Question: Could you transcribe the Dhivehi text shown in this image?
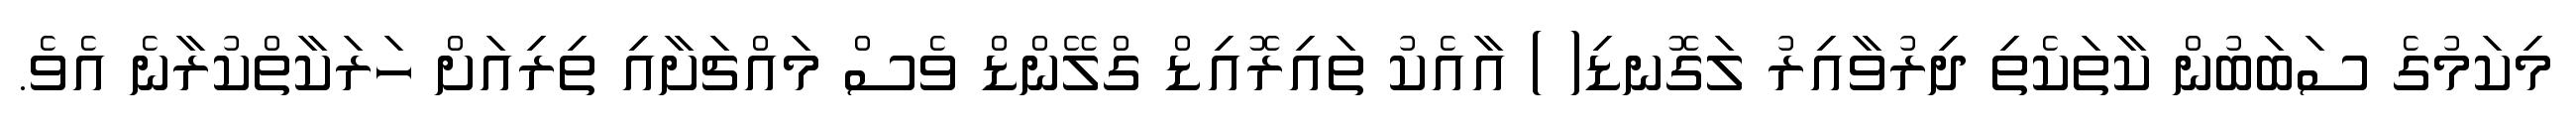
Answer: މިކަމުގެ ސަބަބުން ކާތަކެތި ދިރުވާއިރު ލަގޮނޑި( ) އާއެކު ތައިރޮއިޑް ގްލޭންޑް ވެސް މައްޗަށާއި ތިރިއަށް ހަރަކާތްކުރާނެ އެވެ.